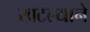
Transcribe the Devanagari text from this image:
खटल्याने